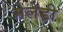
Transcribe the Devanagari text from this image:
मेलेडी